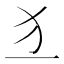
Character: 𤜚